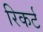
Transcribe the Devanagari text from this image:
रिकर्ट